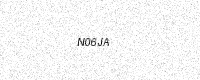
Text: N06JA